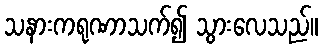
သနားကရုဏာသက်၍ သွားလေသည်။